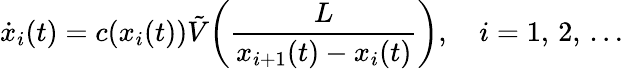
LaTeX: \dot{x}_{i}(t)=c(x_{i}(t))\tilde{V}\! \left(\frac{L}{x_{i+1}(t)-x_{i}(t)}\right),\quad i=1,\, 2,\, \dots